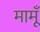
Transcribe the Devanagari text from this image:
मामूँ